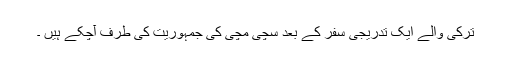
ترکی والے ایک تدریجی سفر کے بعد سچی مچی کی جمہوریت کی طرف آچکے ہیں ۔